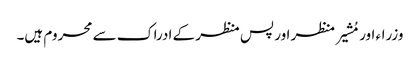
وزراء اور مُشیر منظر اور پس منظر کے ادراک سے محروم ہیں۔